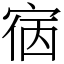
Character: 㝛